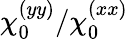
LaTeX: \chi_{0}^{(yy)}/\chi_{0}^{(xx)}